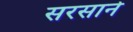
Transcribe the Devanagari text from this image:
सरसाने